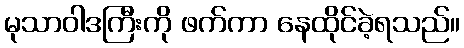
မုသာဝါဒကြီးကို ဖက်ကာ နေထိုင်ခဲ့ရသည်။